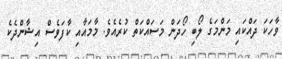
ވާހަކަ ދައްކައި މަންމަގެ ލޯބި ހޯދަން މަސައްކަތް ކުރެއެވެ. މާމައާއި ކާފަވެސް އިޝާންދެކެ